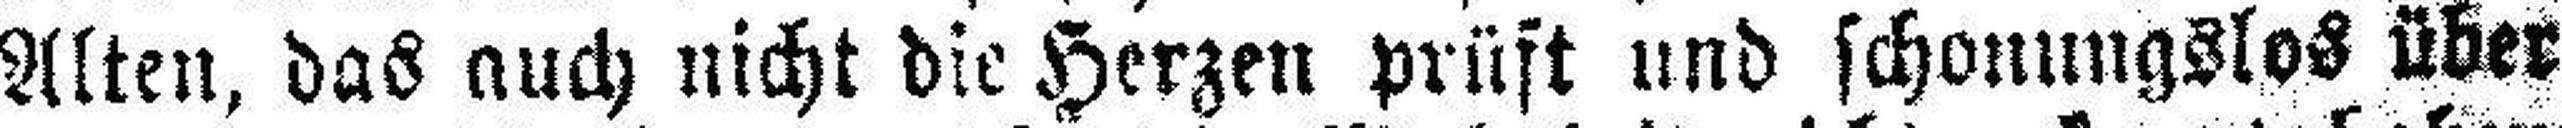
Alten, das auch nicht die Herzen prüft und schonungslos über